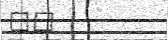
٣٧